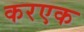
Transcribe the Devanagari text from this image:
करएक